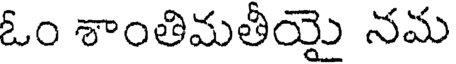
ఓం శాంతిమతీయై నమ